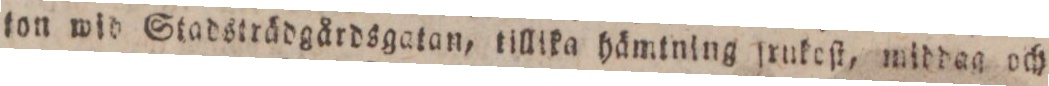
ton wid Stadsträdgårdsgatan, tillika hämtning ſrukeſt, middag och